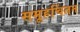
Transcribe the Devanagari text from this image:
समूहचिंतन